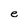
Character: e